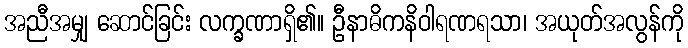
အညီအမျှ ဆောင်ခြင်း လက္ခဏာရှိ၏။ ဦနာဓိကနိဝါရဏရသာ၊ အယုတ်အလွန်ကို